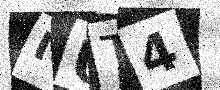
Text: IUT4